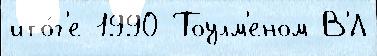
ито́г'е 1990 Тоулм'еном В'́Л